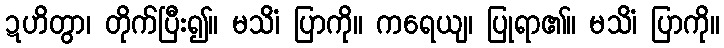
ဍဟိတွာ၊ တိုက်ပြီး၍။ မသိံ၊ ပြာကို။ ကရေယျ၊ ပြုရာ၏။ မသိံ၊ ပြာကို။